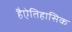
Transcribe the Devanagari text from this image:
हैऐतिहासिक